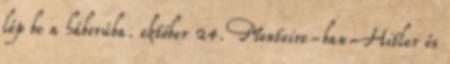
lép be a háborúba. október 24. Montoire-ban Hitler és